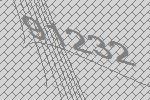
91232